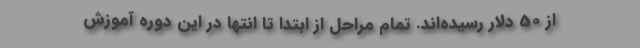
از 50 دلار رسیده‌اند. تمام مراحل از ابتدا تا انتها در این دوره آموزش